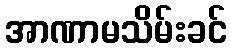
အာဏာမသိမ်းခင်